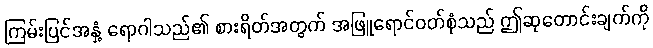
ကြမ်းပြင်အနှံ့ ရောဂါသည်၏ စားရိတ်အတွက် အဖြူရောင်ဝတ်စုံသည် ဤဆုတောင်းချက်ကို